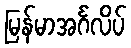
မြန်မာအင်္ဂလိပ်